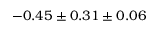
- 0 . 4 5 \pm 0 . 3 1 \pm 0 . 0 6